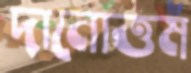
দানোত্তম